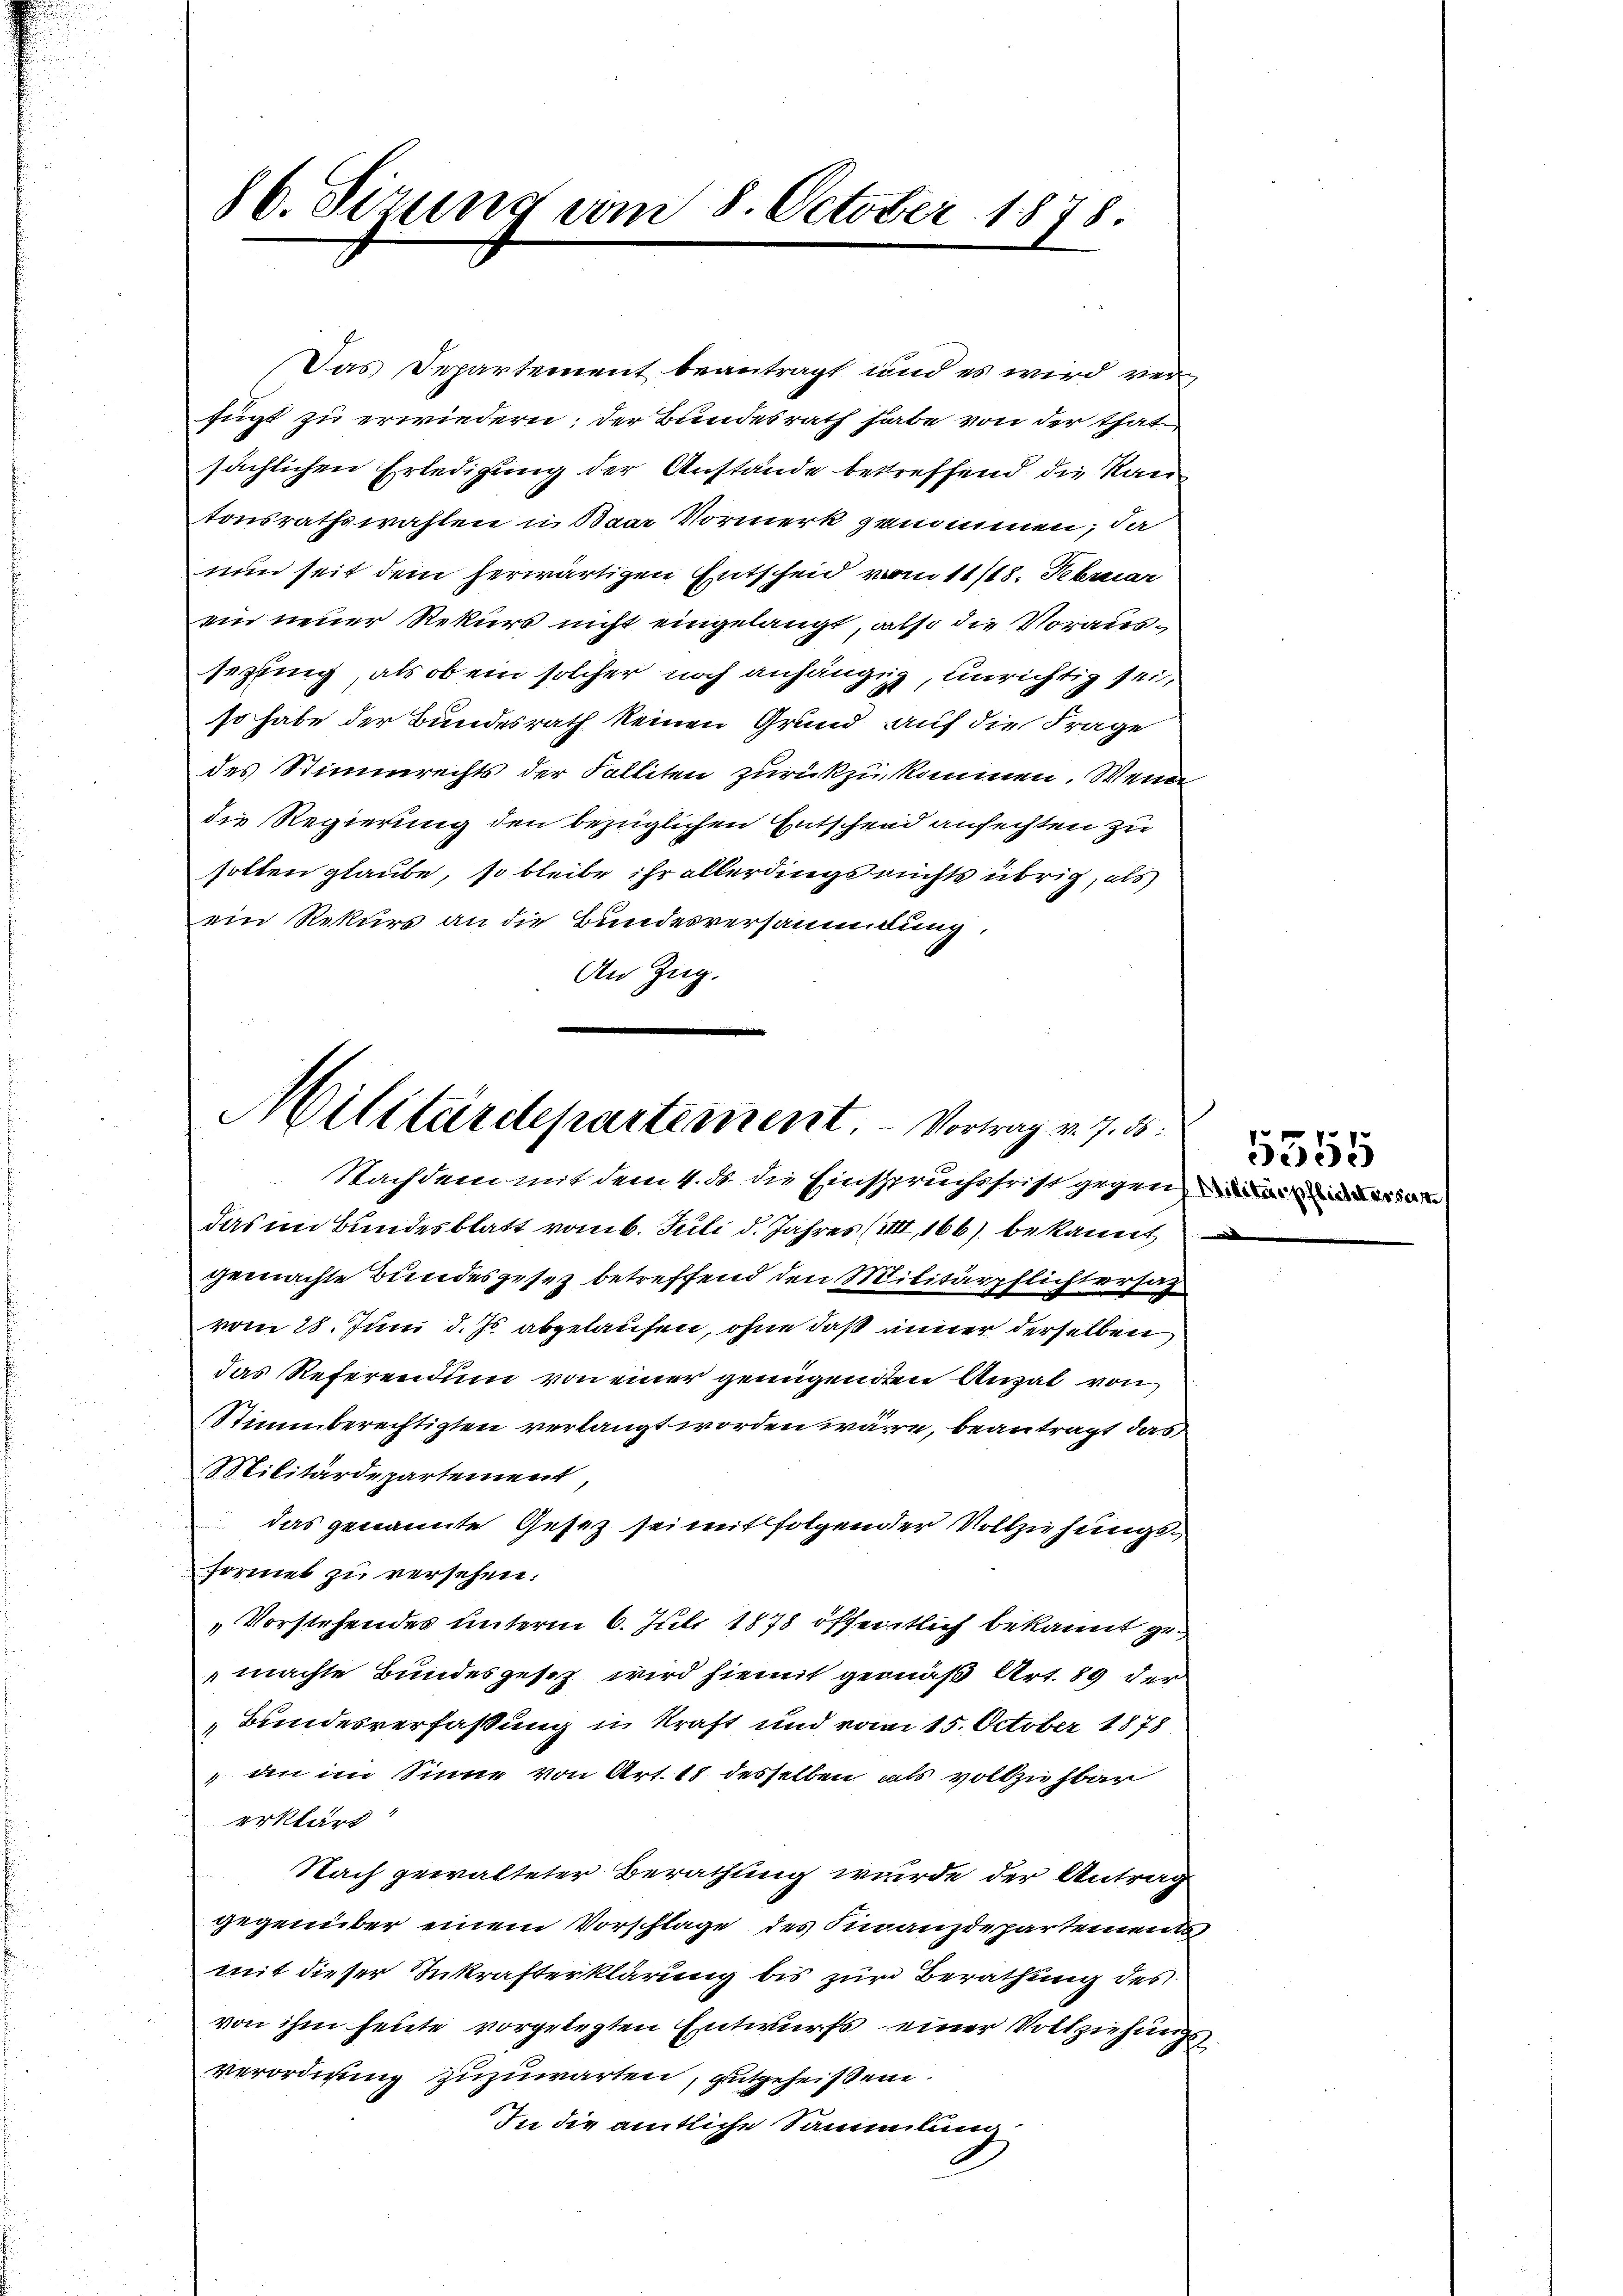
86. Sizung am 8. October 1878.

Das Departement beantragt und es wird verfügt zu erwiedern; der Bundesrath habe von der thatsächlichen Erledigung der Anstande betreffend die Rautonsrathswahlen in Baar Vormerk genommen, da
nun seit dem herwärtigen Entscheid vom 11/18. Februar
ein neuer Rekurs nicht eingelangt, also die Voraussezung, als ob ein solcher noch anhängig, unrichtig sei,
so habe der Bundesrath keinen Grund auf die Frage
des Stimmrechts der Falliten zurückzukommen. Wenn
die Regierung den bezüglichen Entscheid anfechten zu
solten glaube, so bleibe ihr allerdings nichts übrig, als
ein Rekurs an die Bundesversammlung.
An Zug.

Militärdepartement - Vortrag v. 7. ds.
Nachdem mit dem 4. d. die Einspruchsfrist gegen, die die Versan

das im Bundesblatt vom 6. Juli d. Jahres (XIII, 166) bekannt
gemachte Bundesgesez betreffend den Militärpflichtersag
vom 28. Juni d. Js. abgelaufen, ohne daß inner derselben
das Referendum von einer genügenden Anzal von
Stimmberechtigten verlangt worden wäre, beantragt das
Militärdepartement
das genannte Gesetz sei mit folgender Vollziehungsformet zu versehen.
„Vorstehendes unterm 6. Juli 1878 öffentlich bekannt ge
machte Bundesgesez wird hiemit gemäß Art. 89 der
„Bundesverfaßung in kraft und vom 15. October 1878
aen im Sinne von Art. 18 desselben als vollzuhban
erklärt
Nach gewalteter Berathung wurde der Antrag
gegenüber einem Vorschlage des Finanzdepartement
mit dieser Inkrafterklärung bis zur Berathung des
von ihm heute vorgelegten Entwurfs einer Vollziehungs
verordnung zuzuwarten, gutgeheißen.
In die amtliche Sammlung

5555